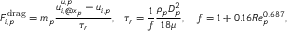
F _ { i , p } ^ { \mathrm { d r a g } } = m _ { p } \frac { u _ { i , @ x _ { p } } ^ { u , p } - u _ { i , p } } { \tau _ { r } } , ~ ~ \tau _ { r } = \frac { 1 } { f } \frac { \rho _ { p } D _ { p } ^ { 2 } } { 1 8 \mu } , ~ ~ ~ f = 1 + 0 . 1 6 R e _ { p } ^ { 0 . 6 8 7 } ,